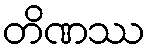
တိဏဿ